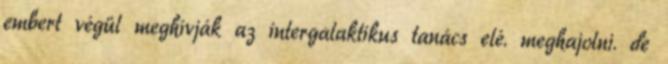
embert végül meghívják az intergalaktikus tanács elé. meghajolni. de